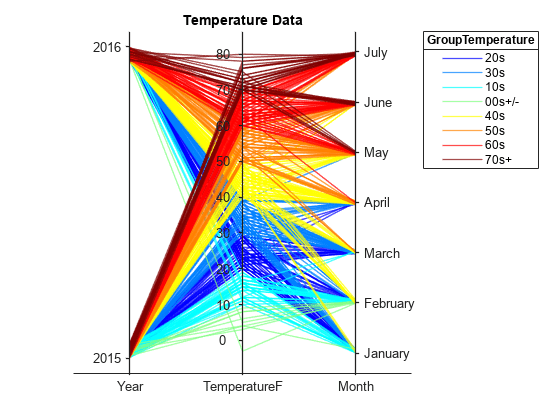
matlab, parallelplot